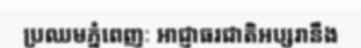
ប្រឈមភ្នំពេញៈ អាជ្ញាធរជាតិអប្សរានឹង